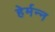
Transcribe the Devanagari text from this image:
हेर्मन्न